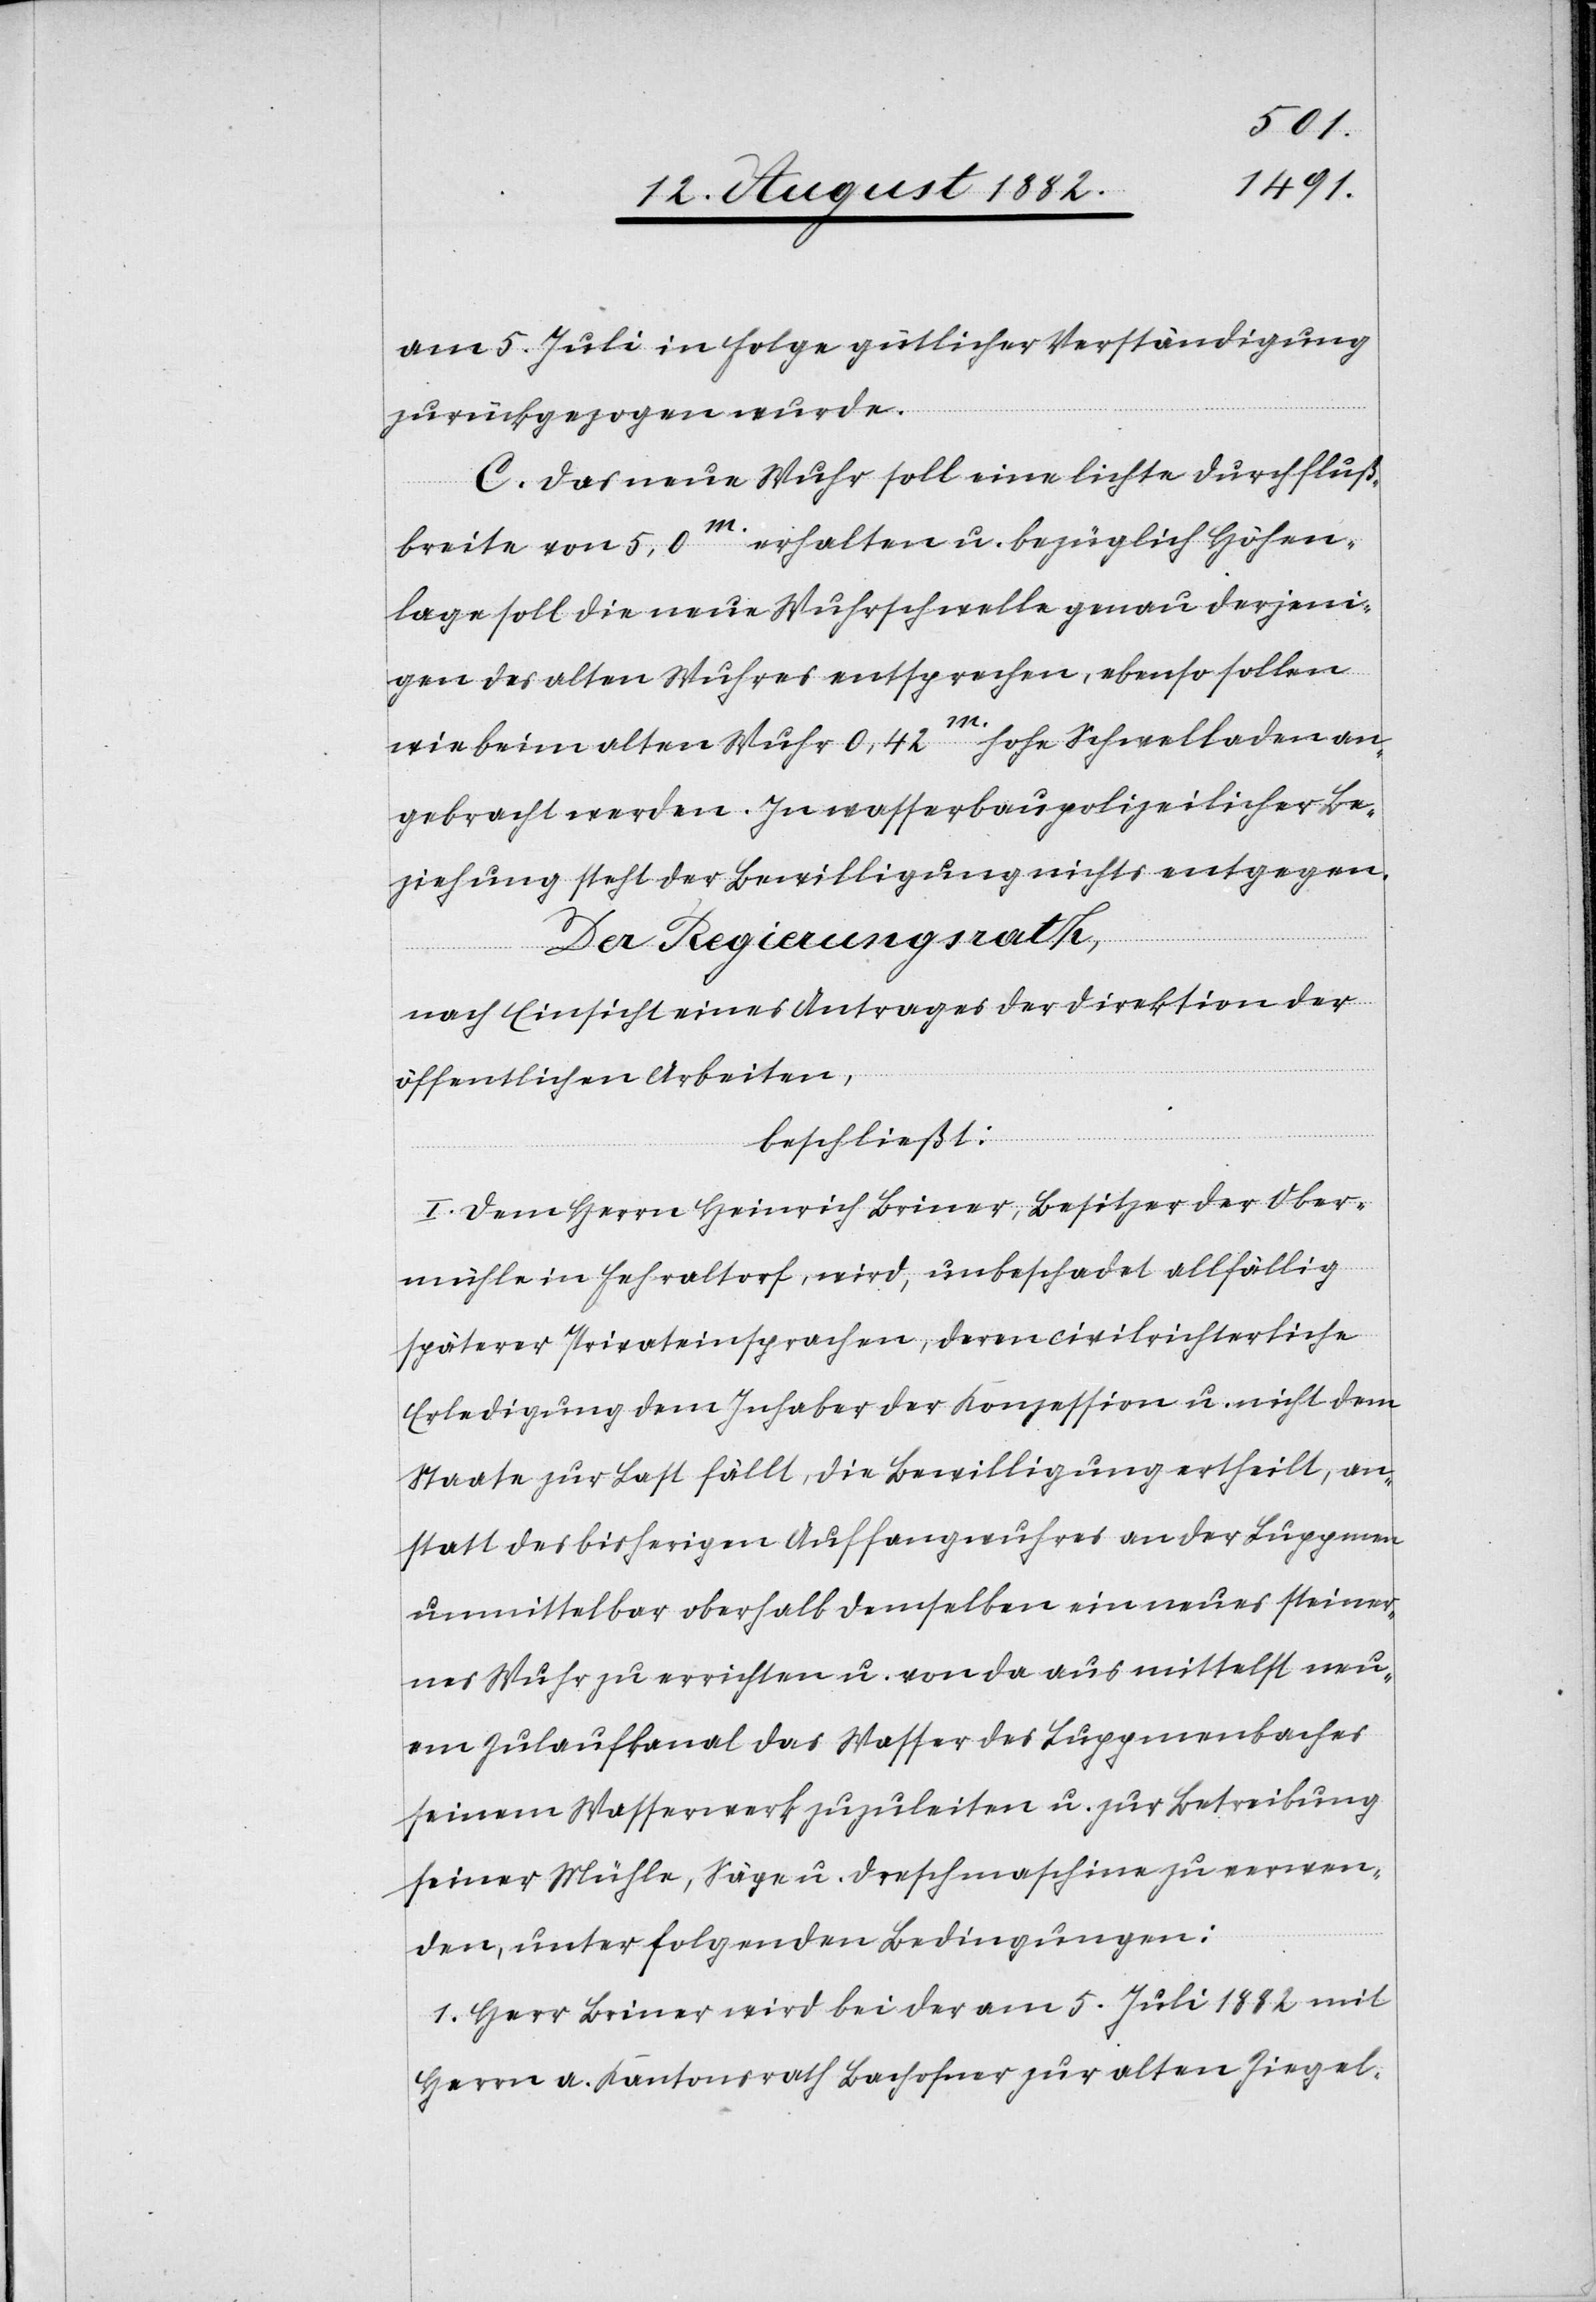
am 5. Juli in Folge gütlicher Verständigung
zurückgezogen wurde.
C. Das neue Wuhr soll eine lichte Durchfluß¬
breite von 5,0m erhalten u. bezüglich Höhen¬
lage soll die neue Wuhrschwelle genau derjeni¬
gen des alten Wuhres entsprechen, ebenso sollen
wie beim alten Wuhr 0,42m hohe Schwelladen an¬
gebracht werden. In wasserbaupolizeilicher Be¬
ziehung steht der Bewilligung nichts entgegen.
Innern,
Der Regierungsrath,
nach Einsicht eines Antrages der Direktion des
beschließt:
I. Dem Herrn Heinrich Briner, Besitzer der Ober¬
mühle in Fehraltorf, wird, unebschadet allfällig
späterer Privateinsprachen, deren civilrichterliche
Erledigung dem Inhaber der Konzession u. nicht dem
Staate zur Last fällt, die Bewilligung ertheilt, an¬
statt des bisherigen Auffangwuhres an der Luppmen
unmittelbar oberhalb demselben ein neues steiner¬
nes Wuhr zu errichten u. von da aus mittelst neu¬
em Zulaufkanal das Wasser des Luppmenbaches
seinem Wasserwerk zuzuleiten u. zur Betreibung
seiner Mühle, Säge u. Dreschmaschine zu erneu¬
ern, unter folgenden Bedingungen:
1. Herr Briner wird bei der am 5. Juli 1882 mit
Herrn a. Kantonsrath Bachofner zur alten Ziegel-